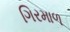
ગિરમાળ